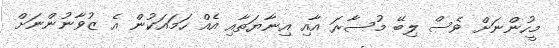
މީހުންނަށް ވެސް ލިބޭ މުސާރަ އާއި އިނާޔަތާއި އެއް ހަމައަކުން އެ ޒުވާނުންނަށް